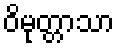
ဝိမုတ္တာသာ